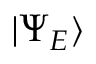
| \Psi _ { E } \rangle